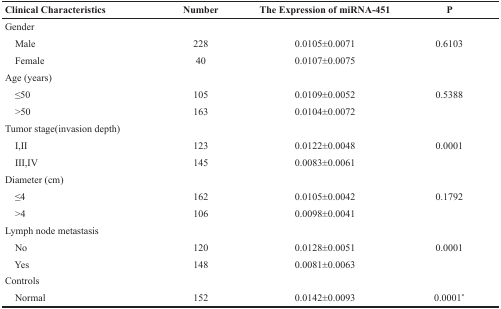
<table><thead><tr><td><b>Clinical Characteristics</b></td><td><b>Number</b></td><td><b>The Expression of miRNA-451</b></td><td><b>P</b></td></tr></thead><tbody><tr><td>Gender</td><td></td><td></td><td></td></tr><tr><td> Male</td><td>228</td><td>0.0105±0.0071</td><td>0.6103</td></tr><tr><td> Female</td><td>40</td><td>0.0107±0.0075</td><td></td></tr><tr><td>Age (years)</td><td></td><td></td><td></td></tr><tr><td> ≤50</td><td>105</td><td>0.0109±0.0052</td><td>0.5388</td></tr><tr><td> &gt;50</td><td>163</td><td>0.0104±0.0072</td><td></td></tr><tr><td>Tumor stage(invasion depth)</td><td></td><td></td><td></td></tr><tr><td> I,II</td><td>123</td><td>0.0122±0.0048</td><td>0.0001</td></tr><tr><td> III,IV</td><td>145</td><td>0.0083±0.0061</td><td></td></tr><tr><td>Diameter (cm)</td><td></td><td></td><td></td></tr><tr><td> ≤4</td><td>162</td><td>0.0105±0.0042</td><td>0.1792</td></tr><tr><td> &gt;4</td><td>106</td><td>0.0098±0.0041</td><td></td></tr><tr><td>Lymph node metastasis</td><td></td><td></td><td></td></tr><tr><td> No</td><td>120</td><td>0.0128±0.0051</td><td>0.0001</td></tr><tr><td> Yes</td><td>148</td><td>0.0081±0.0063</td><td></td></tr><tr><td>Controls</td><td></td><td></td><td></td></tr><tr><td> Normal</td><td>152</td><td>0.0142±0.0093</td><td>0.0001*</td></tr></tbody></table>